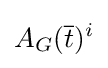
A_{G}({\overline {t}})^{i}